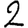
Digit: 2